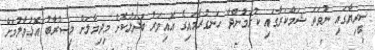
ސީރިޔާގައި ނުވަތަ ޝަމްކަރާގައި ކުރަމުންދާ ހަނގުރާމައިގެ އޮއިވަރު ބަދަލުކޮށް މިދިމާލަށް މިޞްރާބު އޮޅުވާލުމަށް